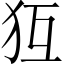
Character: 𤜷